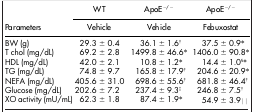
<table><thead><tr><td><b> </b></td><td><b>WT</b></td><td><b>ApoE<sup>−/−</sup></b></td><td><b>ApoE<sup>−/−</sup></b></td></tr><tr><td><b>Parameters</b></td><td><b>Vehicle</b></td><td><b>Vehicle</b></td><td><b>Febuxostat</b></td></tr></thead><tbody><tr><td>BW (g)</td><td>29.3 ± 0.4</td><td>36.1 ± 1.6†</td><td>37.5 ± 0.9*</td></tr><tr><td>T chol (mg/dL)</td><td>69.2 ± 2.8</td><td>1499.8 ± 46.6*</td><td>1406.0 ± 90.8*</td></tr><tr><td>HDL (mg/dL)</td><td>42.0 ± 2.1</td><td>10.8 ± 1.2*</td><td>14.4 ± 1.0<sup>§</sup>*</td></tr><tr><td>TG (mg/dL)</td><td>74.8 ± 9.7</td><td>165.8 ± 17.9†</td><td>204.6 ± 20.9*</td></tr><tr><td>NEFA (mg/dL)</td><td>405.6 ± 31.0</td><td>698.6 ± 55.6†</td><td>681.8 ± 46.4†</td></tr><tr><td>Glucose (mg/dL)</td><td>202.6 ± 7.2</td><td>237.4 ± 9.3‡</td><td>246.8 ± 7.5†</td></tr><tr><td>XO activity (mU/mL)</td><td>62.3 ± 1.8</td><td>87.4 ± 1.9*</td><td>54.9 ± 3.9||</td></tr></tbody></table>